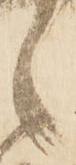
之